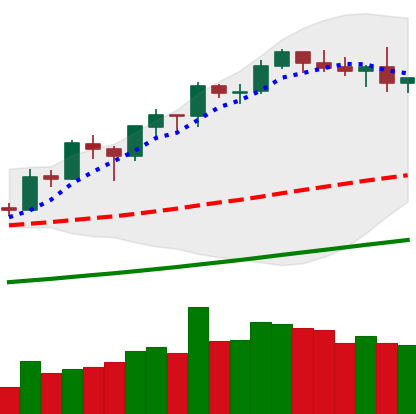
Ticker: BNB-USD
Chart end date: 2019-05-31
Forward return: -5.319%
Label: down_5_7